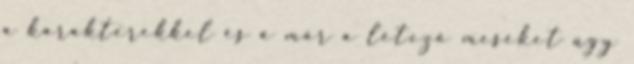
a karakterekkel és a már a létező meséket úgy